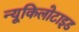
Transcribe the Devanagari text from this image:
न्यूकिलोटाइड